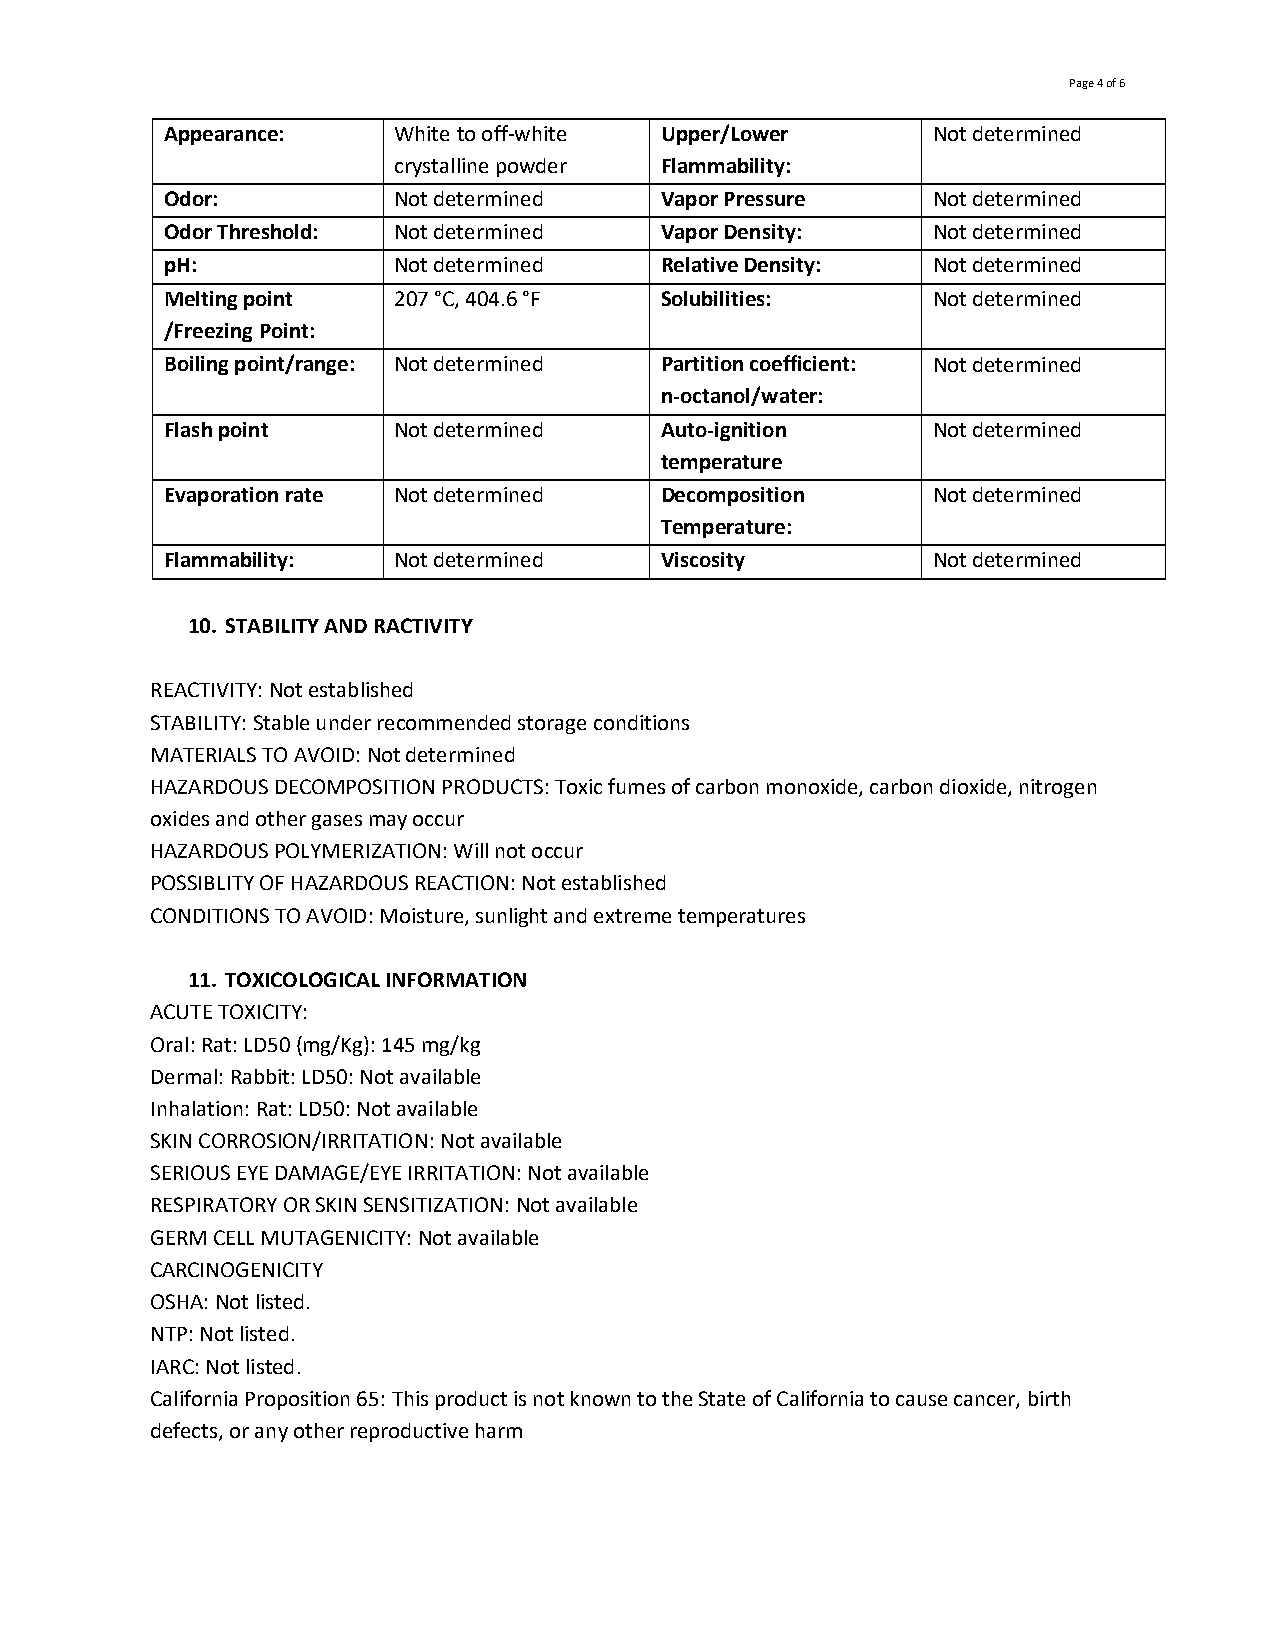
Page 4 of 6
 Appearance:    White to off-white Upper/Lower      Not determined
 crystalline powder Flammability:
 Odor:          Not determined    Vapor Pressure    Not determined
 Odor Threshold: Not determined   Vapor Density:    Not determined
 pH:            Not determined    Relative Density: Not determined
 Melting point  207 °C, 404.6 °F  Solubilities:     Not determined
 /Freezing Point:
 Boiling point/range: Not determined Partition coefficient: Not determined
 n-octanol/water:
 Flash point    Not determined    Auto-ignition     Not determined
 temperature
 Evaporation rate Not determined  Decomposition     Not determined
 Temperature:
 Flammability:  Not determined    Viscosity         Not determined
 10. STABILITY AND RACTIVITY
 REACTIVITY: Not established
 STABILITY: Stable under recommended storage conditions
 MATERIALS TO AVOID: Not determined
 HAZARDOUS DECOMPOSITION PRODUCTS: Toxic fumes of carbon monoxide, carbon dioxide, nitrogen
 oxides and other gases may occur
 HAZARDOUS POLYMERIZATION: Will not occur
 POSSIBLITY OF HAZARDOUS REACTION: Not established
 CONDITIONS TO AVOID: Moisture, sunlight and extreme temperatures
 11. TOXICOLOGICAL INFORMATION
 ACUTE TOXICITY:
 Oral: Rat: LD50 (mg/Kg): 145 mg/kg
 Dermal: Rabbit: LD50: Not available
 Inhalation: Rat: LD50: Not available
 SKIN CORROSION/IRRITATION: Not available
 SERIOUS EYE DAMAGE/EYE IRRITATION: Not available
 RESPIRATORY OR SKIN SENSITIZATION: Not available
 GERM CELL MUTAGENICITY: Not available
 CARCINOGENICITY
 OSHA: Not listed.
 NTP: Not listed.
 IARC: Not listed.
 California Proposition 65: This product is not known to the State of California to cause cancer, birth
 defects, or any other reproductive harm